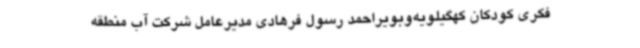
فکری کودکان کهگیلویه‌وبویراحمد رسول فرهادی مدیرعامل شرکت آب منطقه